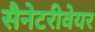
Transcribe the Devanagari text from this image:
सैनेटरीवेयर